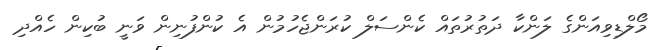
މޯލްޑިވިއަންގެ ލަންކާ ދަތުރުތައް ކެންސަލް ކުރަންޖެހުމުން އެ ކުންފުނިން ވަނީ ބުކިން ހެއްދި